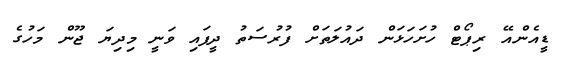
ޑީއެންއޭ ރިޕޯޓް ހުށަހަޅަން ދައުލަތަށް ފުރުސަތު ދީފައި ވަނީ މިދިޔަ ޖޫން މަހުގެ